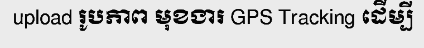
upload រូបភាព មុខងារ GPS Tracking ដើម្បី